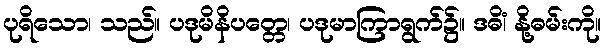
ပုရိသော၊ သည်။ ပဒုမိနိပတ္တေ၊ ပဒုမာကြာရွက်၌။ ဒဓိံ၊ နို့ဓမ်းကို။